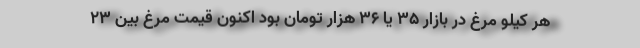
هر کیلو مرغ در بازار ۳۵ یا ۳۶ هزار تومان بود اکنون قیمت مرغ بین ۲۳